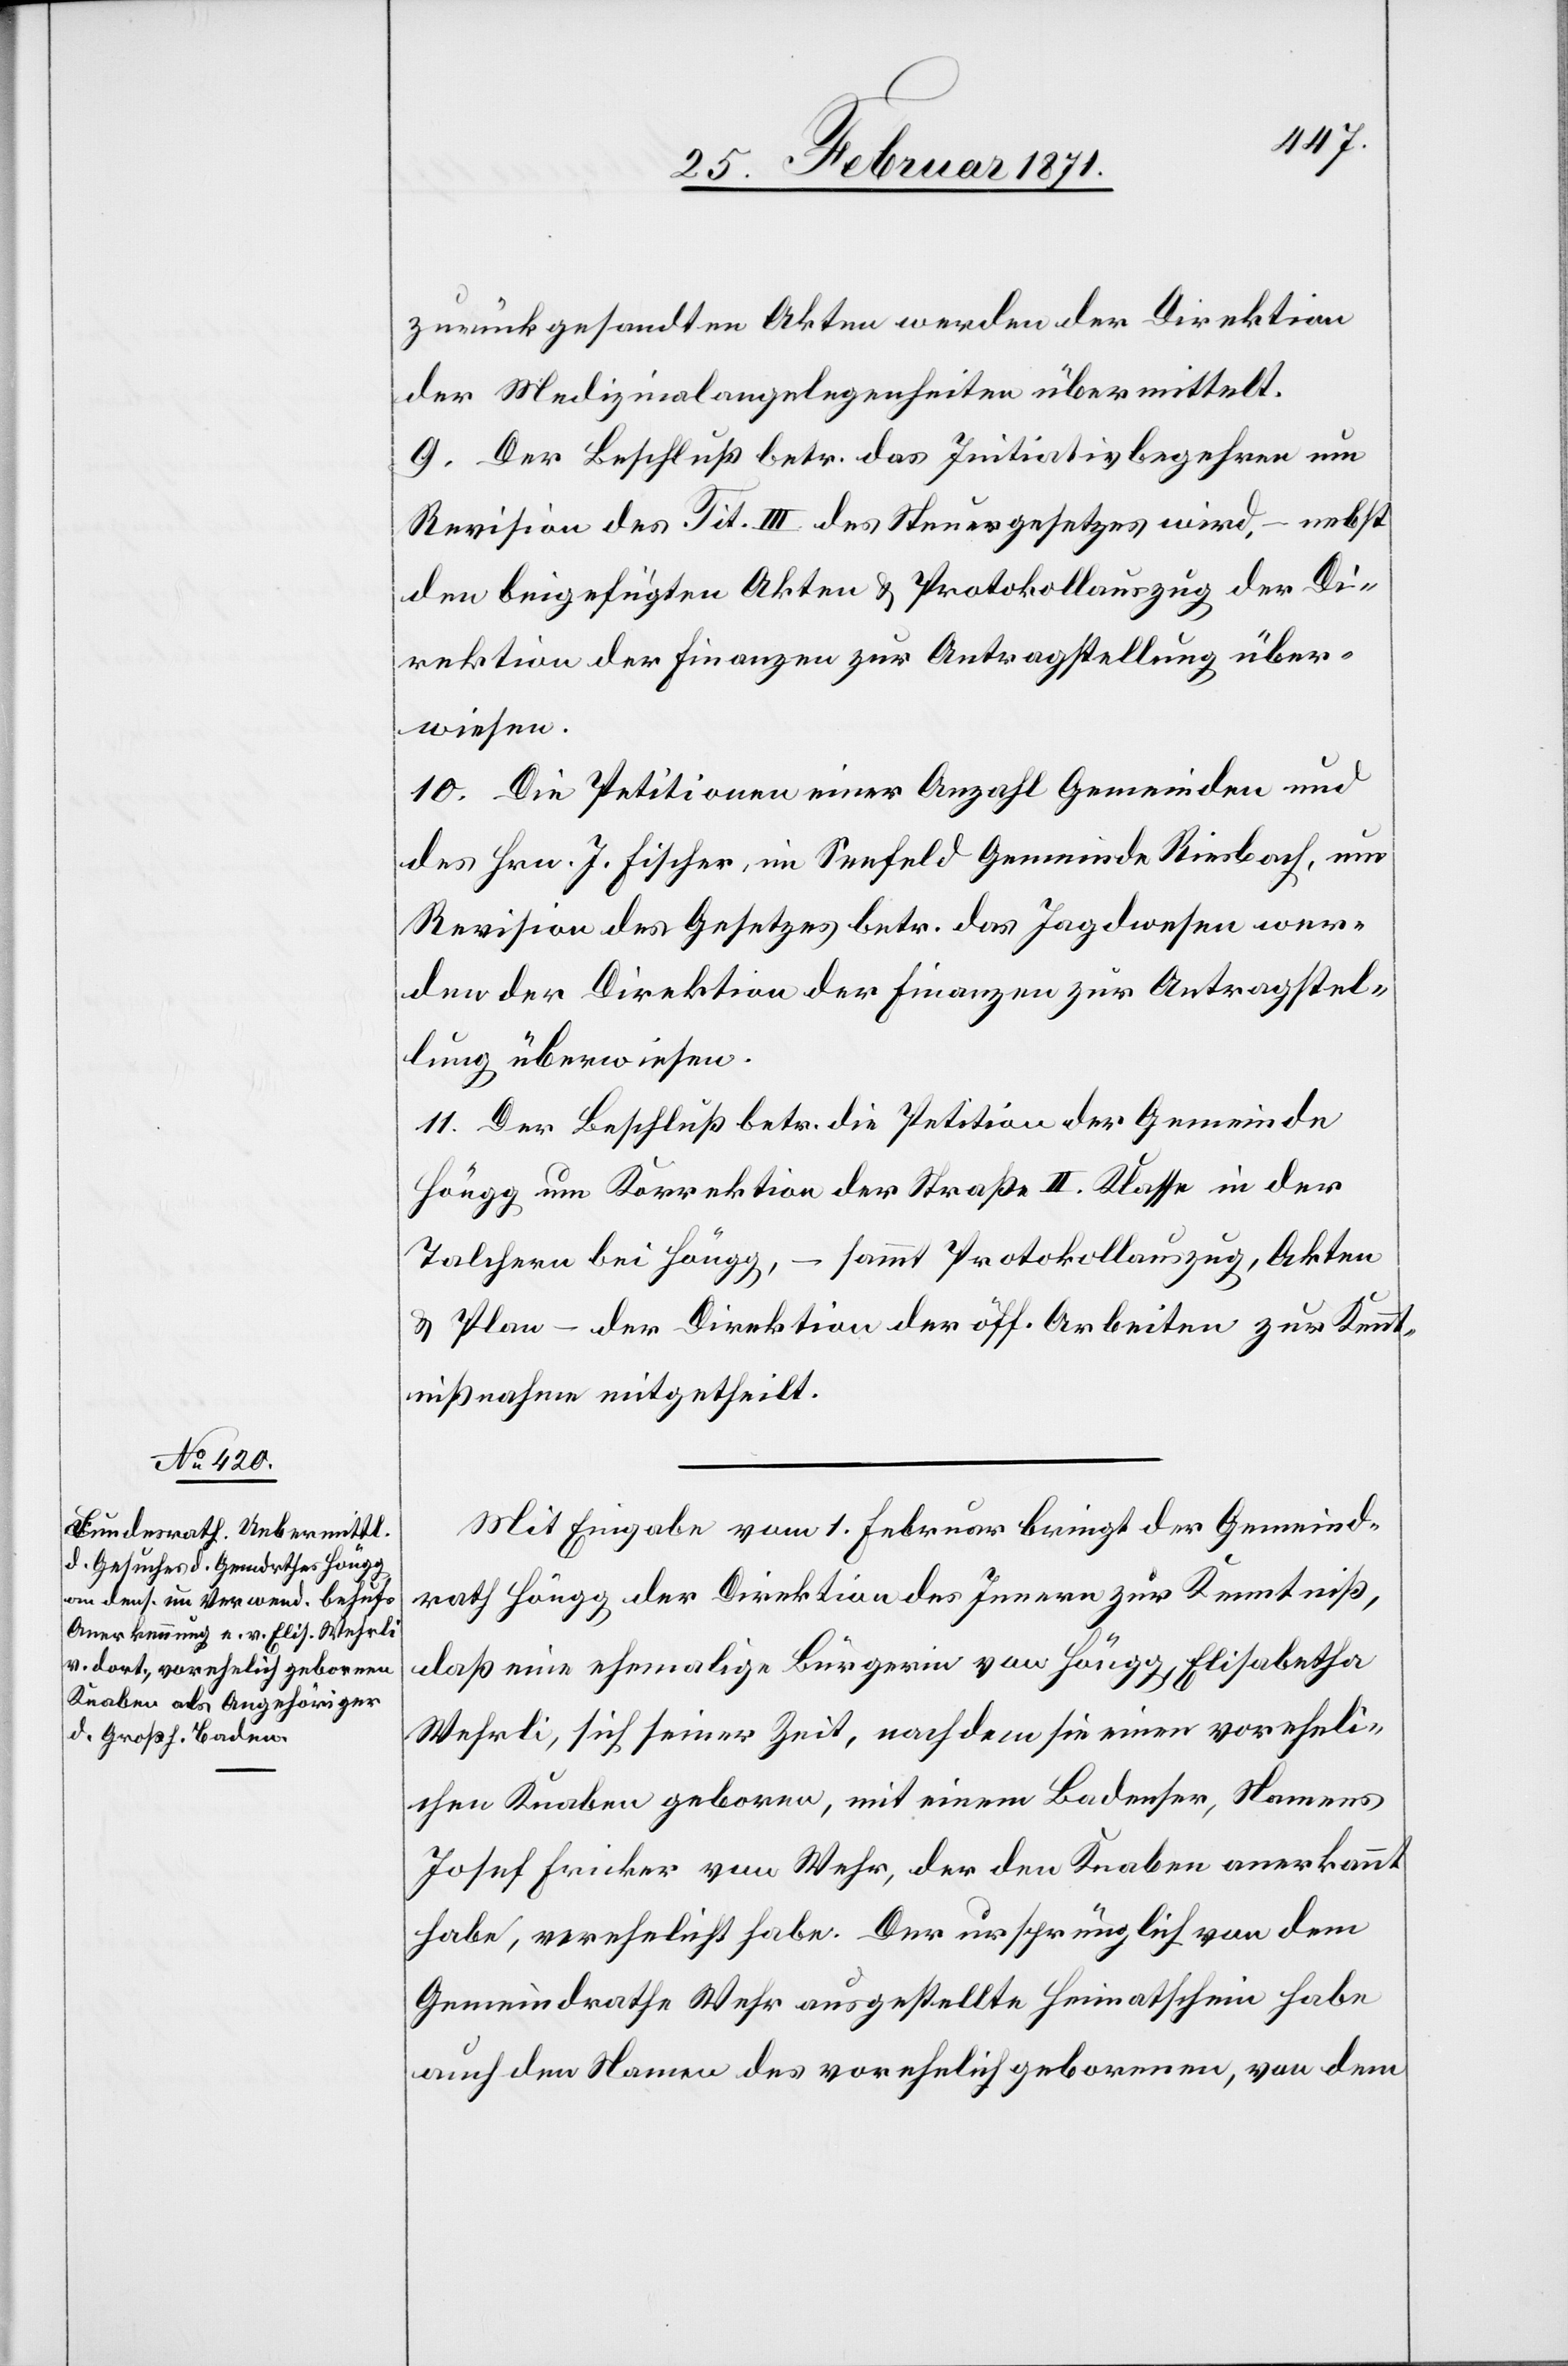
zurückgesandten Akten werden der Direktion
der Medizinalangelegenheiten übermittelt.
9. Der Beschluß betr. das Initiativbegehren um
Revision des Tit. III. des Steuergesetzes wird, – nebst
den beigefügten Akten u. Protokollauszug der Di¬
rektion der Finanzen zur Antragstellung über¬
wiesen.
10. Die Petitionen einer Anzahl Gemeinden und
des Hrn. J. Fischer, im Seefeld Gemeinde Riesbach, um
Revision des Gesetzes betr. das Jagdwesen wer¬
den der Direktion der Finanzen zur Antragstel¬
lung überwiesen.
11. Der Beschluß betr. die Petition der Gemeinde
Höngg um Korrektion der Straße II. Klasse in der
Talchern bei Höngg, – sammt Protokollauszug, Akten
u. Plan – der Direktion der öff. Arbeiten zur Kennt¬
nisnahem mitgetheilt.
Mit Eingabe vom 1. Februar bringt der Gemeind¬
rath Höngg der Direktion des Innern zur Kenntniß,
daß eine ehemalige Bürgerin von Höngg, Elisabetha
Wehrli, sich seiner Zeit, nachdem sie einen voreheli¬
chen Knaben geboren, mit einem Badenser, Namens
Josef Fricker von Wehr, der den Knaben anerkannt
habe, verehelicht habe. Der ursprünglich von dem
Gemeindrathe Wehr ausgestellte Heimatschein habe
auch den Namen des vorehelich geborenen, von dem